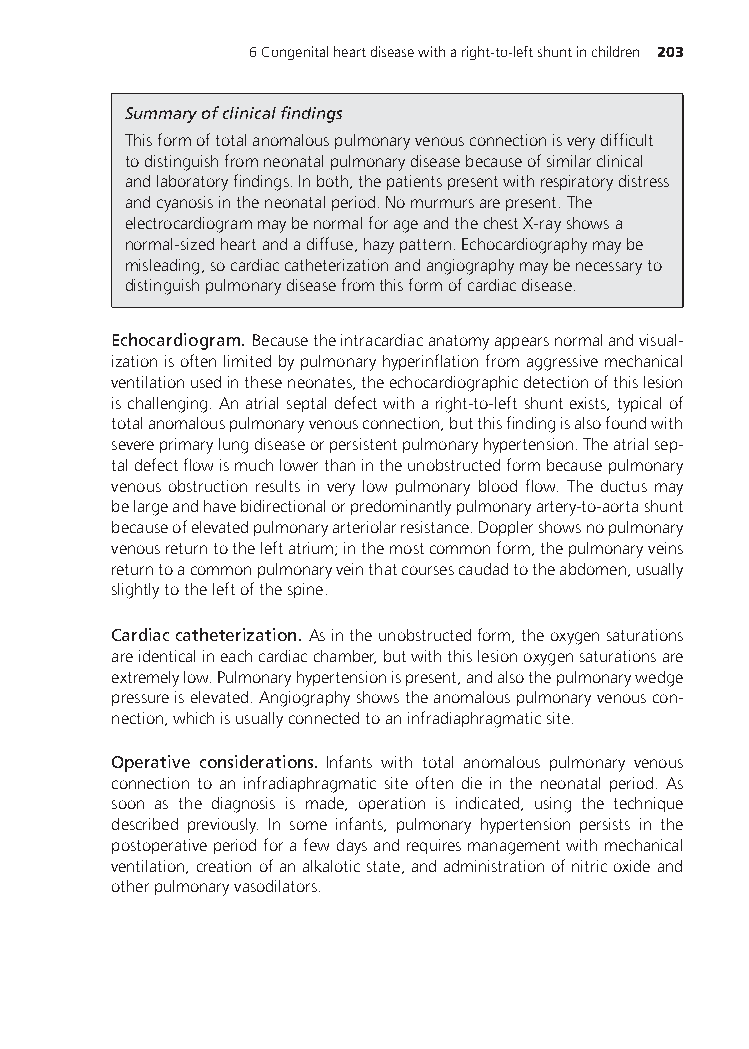
6Congenitalheartdiseasewitharight-to-leftshuntinchildren 203
 Summaryofclinicalfindings
 Thisformoftotalanomalouspulmonaryvenousconnectionisverydifficult
 todistinguishfromneonatalpulmonarydiseasebecauseofsimilarclinical
 andlaboratoryfindings.Inboth,thepatientspresentwithrespiratorydistress
 andcyanosisintheneonatalperiod.Nomurmursarepresent.The
 electrocardiogrammaybenormalforageandthechestX-rayshowsa
 normal-sizedheartandadiffuse,hazypattern.Echocardiographymaybe
 misleading,socardiaccatheterizationandangiographymaybenecessaryto
 distinguishpulmonarydiseasefromthisformofcardiacdisease.
 Echocardiogram. Becausetheintracardiacanatomyappearsnormalandvisual-
 izationisoftenlimitedbypulmonaryhyperinflationfromaggressivemechanical
 ventilationusedintheseneonates,theechocardiographicdetectionofthislesion
 ischallenging.Anatrialseptaldefectwitharight-to-leftshuntexists,typicalof
 totalanomalouspulmonaryvenousconnection,butthisfindingisalsofoundwith
 severeprimarylungdiseaseorpersistentpulmonaryhypertension.Theatrialsep-
 taldefectflowismuchlowerthanintheunobstructedformbecausepulmonary
 venous obstruction results in very low pulmonary blood flow. The ductus may
 belargeandhavebidirectionalorpredominantlypulmonaryartery-to-aortashunt
 becauseofelevatedpulmonaryarteriolarresistance.Dopplershowsnopulmonary
 venousreturntotheleftatrium;inthemostcommonform,thepulmonaryveins
 returntoacommonpulmonaryveinthatcoursescaudadtotheabdomen,usually
 slightlytotheleftofthespine.
 Cardiaccatheterization. Asintheunobstructedform,theoxygensaturations
 areidenticalineachcardiacchamber,butwiththislesionoxygensaturationsare
 extremelylow.Pulmonaryhypertensionispresent,andalsothepulmonarywedge
 pressureiselevated.Angiographyshowstheanomalouspulmonaryvenouscon-
 nection,whichisusuallyconnectedtoaninfradiaphragmaticsite.
 Operative considerations. Infants with total anomalous pulmonary venous
 connection to an infradiaphragmatic site often die in the neonatal period. As
 soon as the diagnosis is made, operation is indicated, using the technique
 described previously. In some infants, pulmonary hypertension persists in the
 postoperativeperiodforafewdaysandrequiresmanagementwithmechanical
 ventilation,creationofanalkaloticstate,andadministrationofnitricoxideand
 otherpulmonaryvasodilators.